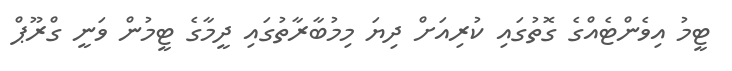
ޓީމު އިވެންޓެއްގެ ގޮތުގައި ކުރިއަށް ދިޔަ މިމުބާރާތުގައި ދީމާގެ ޓީމުން ވަނީ ގްރޫޕް